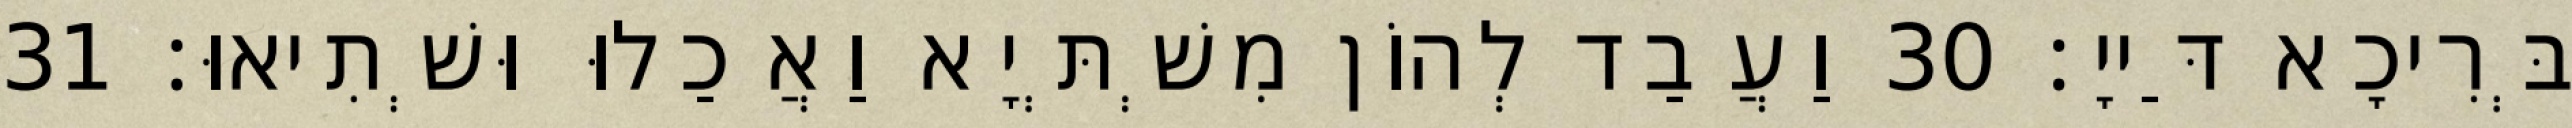
בְּרִיכָא דַּייָ׃ 30 וַעֲבַד לְהוֹן מִשְׁתְּיָא וַאֲכַלוּ וּשְׁתִיאוּ׃ 31